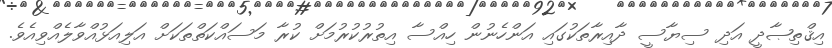
އިޤްތިޞާދީ އަދި ސިޔާސީ ދާއިރާތަކުގައި އަންހެނުން ހިއްސާ އިތުރުކުރުމަށް ކުރާ މަސައްކަތްތަކަށް އަލިއަޅުއްވާލެއްވިއެވެ.